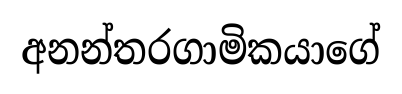
අනන්තරගාමිකයාගේ